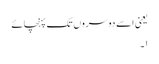
یعنی اسے دوسروں تک پہنچائے
۱۔